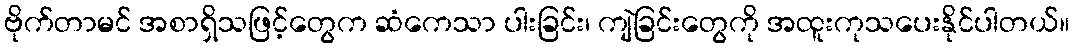
ဗိုက်တာမင် အစာရှိသဖြင့်တွေက ဆံကေသာ ပါးခြင်း၊ ကျဲခြင်းတွေကို အထူးကုသပေးနိုင်ပါတယ်။